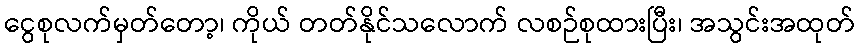
ငွေစုလက်မှတ်တော့၊ ကိုယ် တတ်နိုင်သလောက် လစဉ်စုထားပြီး၊ အသွင်းအထုတ်